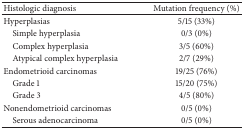
<table><thead><tr><td><b>Histologic diagnosis</b></td><td><b>Mutation frequency (%)</b></td></tr></thead><tbody><tr><td>Hyperplasias</td><td>5/15 (33%)</td></tr><tr><td> Simple hyperplasia</td><td>0/3 (0%)</td></tr><tr><td> Complex hyperplasia</td><td>3/5 (60%)</td></tr><tr><td> Atypical complex hyperplasia</td><td>2/7 (29%)</td></tr><tr><td>Endometrioid carcinomas</td><td>19/25 (76%)</td></tr><tr><td> Grade 1</td><td>15/20 (75%)</td></tr><tr><td> Grade 3</td><td>4/5 (80%)</td></tr><tr><td>Nonendometrioid carcinomas</td><td>0/5 (0%)</td></tr><tr><td> Serous adenocarcinoma</td><td>0/5 (0%)</td></tr></tbody></table>